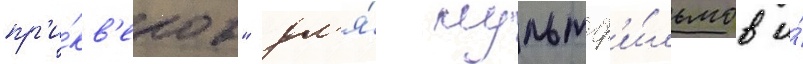
пр'и́кв'елов" дл'я́ мультф'и́льмов и́